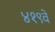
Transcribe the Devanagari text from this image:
४१९वें